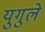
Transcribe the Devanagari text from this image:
युगुले